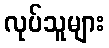
လုပ်သူများ